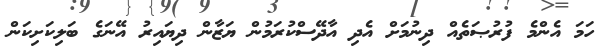
ހަމަ އެންމެ ފުރުޞަތެއް ދިނުމަށް އެދި އާދޭސްކުރަމުން ޔަޒާން ދިޔައިރު އޭނަގެ ބަލިކަށިކަން